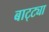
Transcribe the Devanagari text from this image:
बाट्ट्या